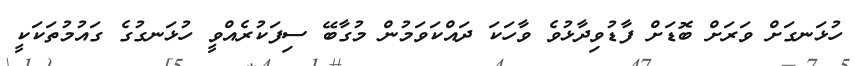
ހުޅަނގަށް ވަރަށް ބޮޑަށް ފާޑުވިދާޅުވެ ވާހަކަ ދައްކަވަމުން މުގާބޭ ސިފަކުރެއްވީ ހުޅަނގުގެ ގައުމުތަކަކީ